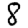
Digit: 8